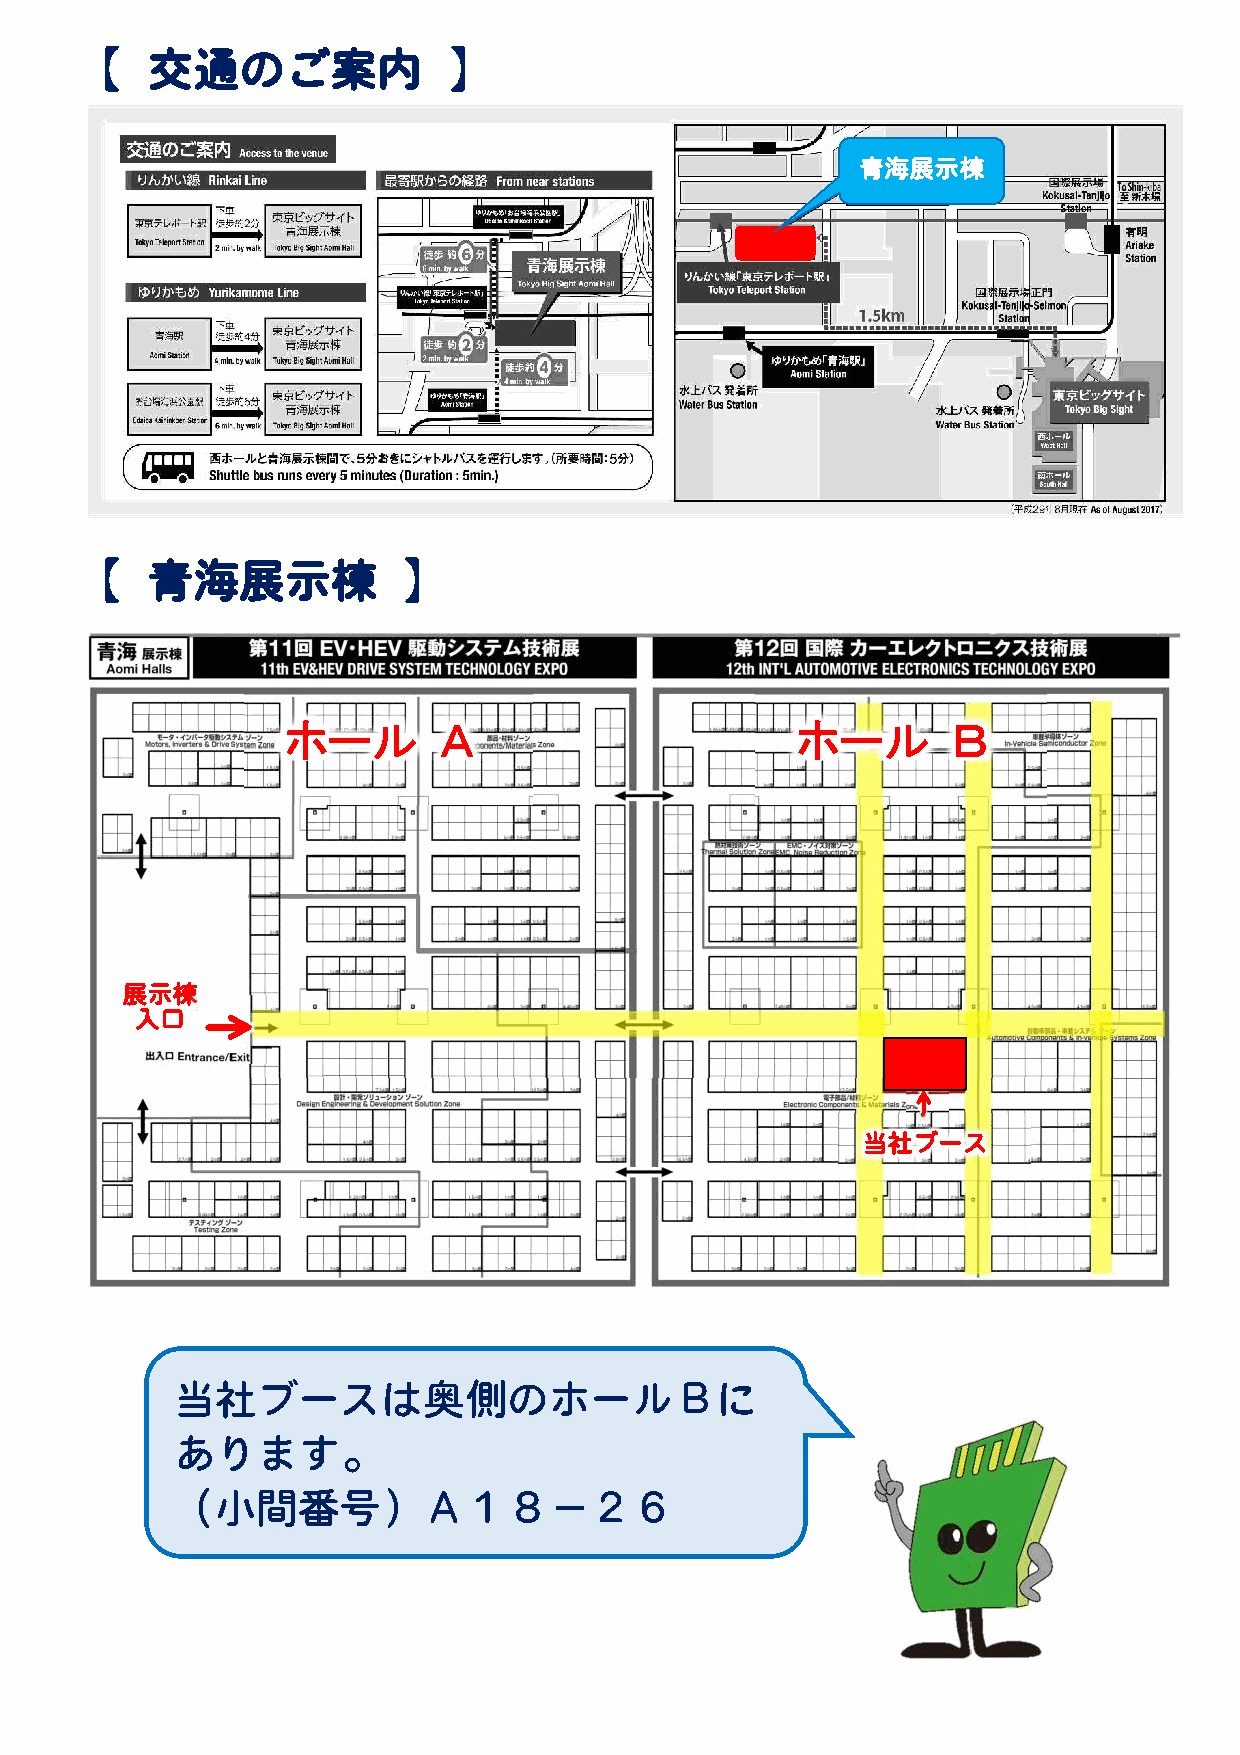
青海展示棟
 ホール       Ａ                       ホール       Ｂ
 展示棟
 入口
 当社ブース
 当社ブースは奥側のホールＢに
 あります。
 （小間番号）Ａ１８−２６